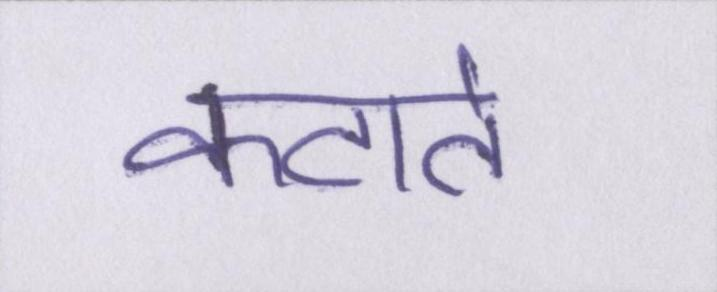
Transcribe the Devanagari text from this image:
कटाते